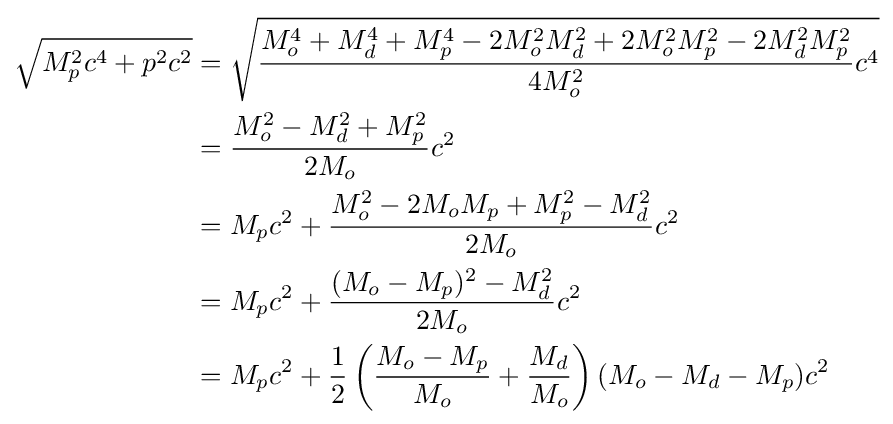
{\begin{aligned}{\sqrt {M_{p}^{2}c^{4}+p^{2}c^{2}}}&={\sqrt {{\frac {M_{o}^{4}+M_{d}^{4}+M_{p}^{4}-2M_{o}^{2}M_{d}^{2}+2M_{o}^{2}M_{p}^{2}-2M_{d}^{2}M_{p}^{2}}{4M_{o}^{2}}}c^{4}}}\\&={\frac {M_{o}^{2}-M_{d}^{2}+M_{p}^{2}}{2M_{o}}}c^{2}\\&=M_{p}c^{2}+{\frac {M_{o}^{2}-2M_{o}M_{p}+M_{p}^{2}-M_{d}^{2}}{2M_{o}}}c^{2}\\&=M_{p}c^{2}+{\frac {(M_{o}-M_{p})^{2}-M_{d}^{2}}{2M_{o}}}c^{2}\\&=M_{p}c^{2}+{\frac {1}{2}}\left({\frac {M_{o}-M_{p}}{M_{o}}}+{\frac {M_{d}}{M_{o}}}\right)(M_{o}-M_{d}-M_{p})c^{2}\end{aligned}}